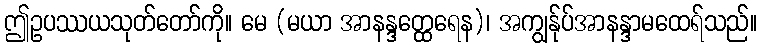
ဤဥပဿယသုတ်တော်ကို။ မေ (မယာ အာနန္ဒတ္ထေရေန)၊ အကျွန်ုပ်အာနန္ဒာမထေရ်သည်။